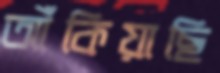
আঁকিয়াছি